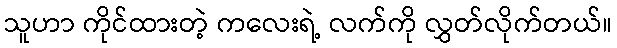
သူဟာ ကိုင်ထားတဲ့ ကလေးရဲ့ လက်ကို လွှတ်လိုက်တယ်။